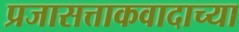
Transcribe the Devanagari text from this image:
प्रजासत्ताकवादाच्या